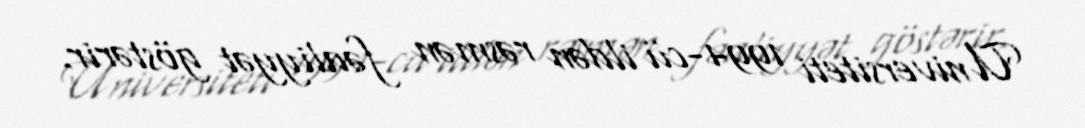
Universiteti 1994-cü ildən rəsmən fəaliyyət göstərir.